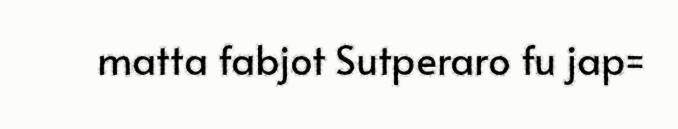
matta fabjot Sutperaro fu jap=